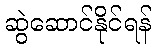
ဆွဲဆောင်နိုင်ရန်